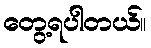
တွေ့ရပါတယ်။